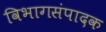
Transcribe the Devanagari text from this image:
विभागसंपादक